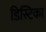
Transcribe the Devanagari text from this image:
डिस्टिका